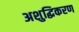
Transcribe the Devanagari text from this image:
अशुद्धिकरण